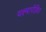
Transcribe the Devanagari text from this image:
यक्ष्मापीड़ित